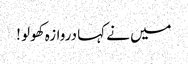
میں نے کہا دروازہ کھولو !